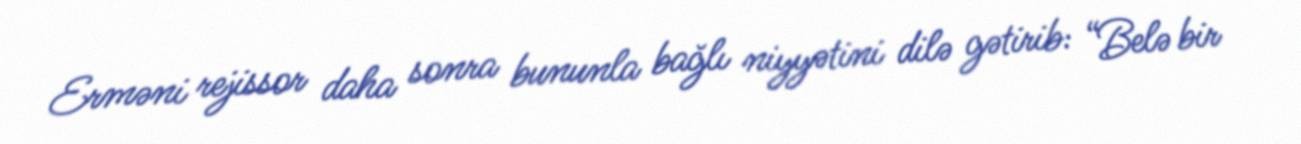
Erməni rejissor daha sonra bununla bağlı niyyətini dilə gətirib: “Belə bir